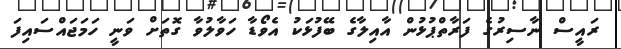
ރައީސް ނާސިރުގެ ފަރާތްޕުޅުން އާއިލާގެ ބޭފުޅަކު އެވޯޑާ ހަވާލުވާ ގޮތަށް ވަނީ ހަމަޖައްސައިފަ